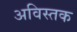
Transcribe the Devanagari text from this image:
अविस्तक